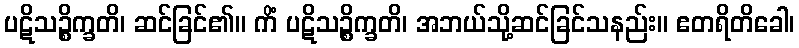
ပဋိသဉ္စိက္ခတိ၊ ဆင်ခြင်၏။ ကိံ ပဋိသဉ္စိက္ခတိ၊ အဘယ်သို့ဆင်ခြင်သနည်း။ ဧတရိတိခေါ၊